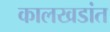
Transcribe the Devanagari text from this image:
कालखडांत